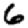
Digit: 6